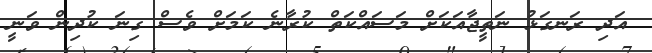
އަދި ރަނގަޅު ނަތީޖާއަކަށް މަސައްކަތް ކުރާނެ ކަމަށް ވެސް ގިނަ ކުދިން ވަނީ